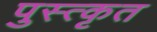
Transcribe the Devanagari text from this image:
पुस्त्कृत